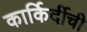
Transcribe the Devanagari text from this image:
कार्किर्दीची